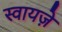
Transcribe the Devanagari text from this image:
स्वायज़े